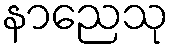
နာညေသု